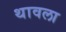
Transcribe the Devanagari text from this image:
थावला